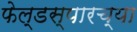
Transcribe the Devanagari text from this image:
फेल्डस्पारच्या